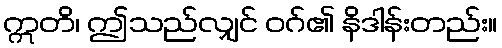
ဣတိ၊ ဤသည်လျှင် ဝဂ်၏ နိဒါန်းတည်း။